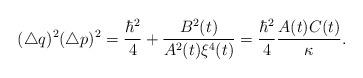
LaTeX: \begin{align*}(\triangle q)^{2}(\triangle p)^{2}=\frac{\hbar^{2}}{4}+\frac{B^{2}(t)}{A^{2}(t)\xi^{4}(t)}=\frac{\hbar^{2}}{4}\frac{A(t)C(t)}{\kappa}.\end{align*}